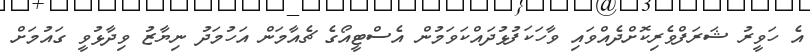
އެ ހަވީރު ޝަރަފްވެރިކޮށްދެއްވައި ވާހަކަފުޅުދައްކަވަމުން އެސްޓީއޯގެ ޗެއާމަން އަހުމަދު ނިޔާޒު ވިދާޅުވީ ގައުމަށް